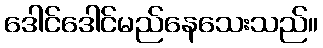
ဒေါင်ဒေါင်မည်နေသေးသည်။